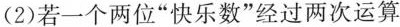
(2)若一个两位”快乐数”经过两次运算